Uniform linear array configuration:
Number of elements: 12
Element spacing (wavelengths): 0.5
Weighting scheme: exponential
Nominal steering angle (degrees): -45
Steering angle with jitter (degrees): -43.42
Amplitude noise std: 0.05
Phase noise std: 0.05

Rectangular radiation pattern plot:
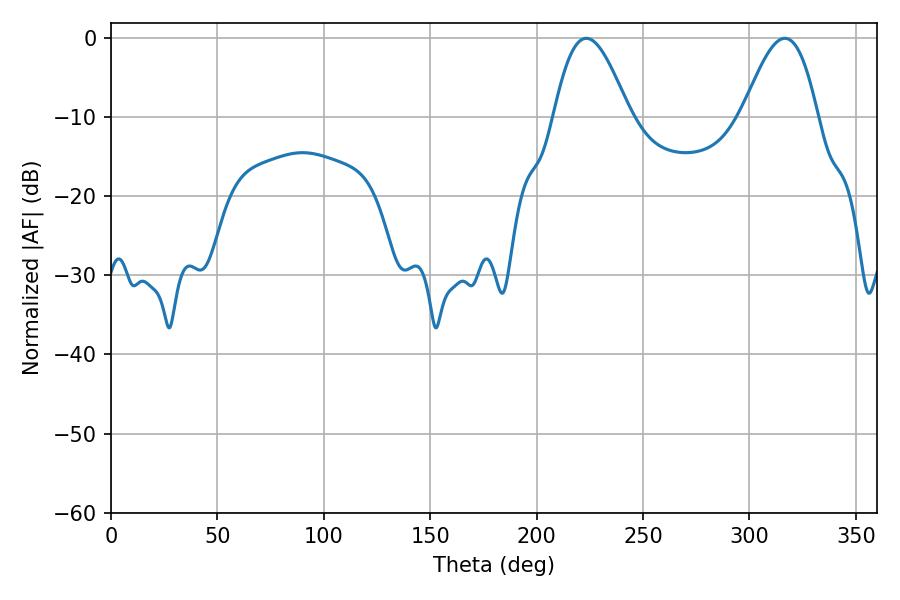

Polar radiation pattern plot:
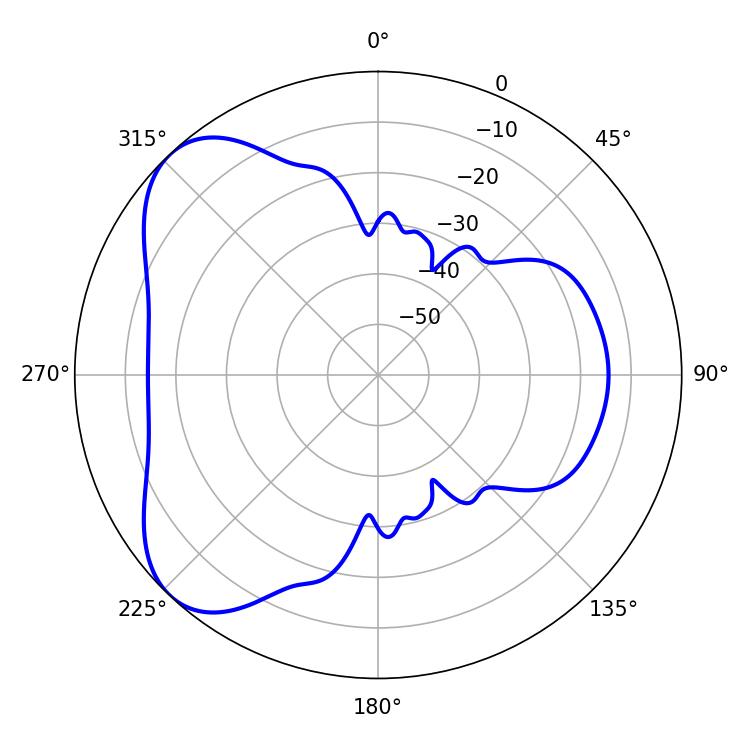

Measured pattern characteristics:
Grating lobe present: FALSE
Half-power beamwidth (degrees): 19.08
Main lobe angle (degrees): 223.38